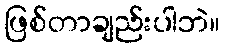
ဖြစ်တာချည်းပါဘဲ။